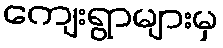
ကျေးရွာများမှ